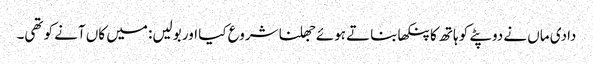
دادی ماں نے دوپٹے کو ہاتھ کا پنکھا بناتے ہوئے جھلنا شروع کیا اور بولیں: میں کاں آنے کو تھی۔